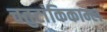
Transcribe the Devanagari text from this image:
चतुटांकिकाम्ल